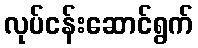
လုပ်ငန်းဆောင်ရွက်